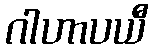
ဂါဟာပယီ